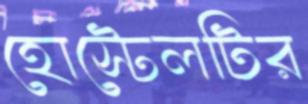
হোস্টেলটির